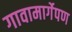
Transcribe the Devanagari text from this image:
गावामार्गेपण